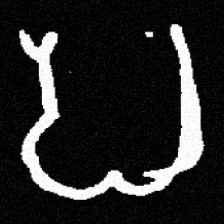
Pyu character \u2014 Myanmar letter: ပ (romanized: pa)